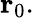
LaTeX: \mathbf{r}_{0}.